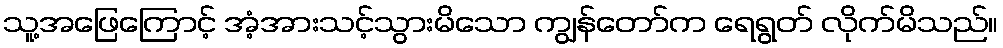
သူ့အဖြေကြောင့် အံ့အားသင့်သွားမိသော ကျွန်တော်က ရေရွတ် လိုက်မိသည်။